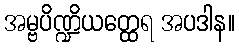
အမ္ဗပိဏ္ဍိယတ္ထေရ အပဒါန။